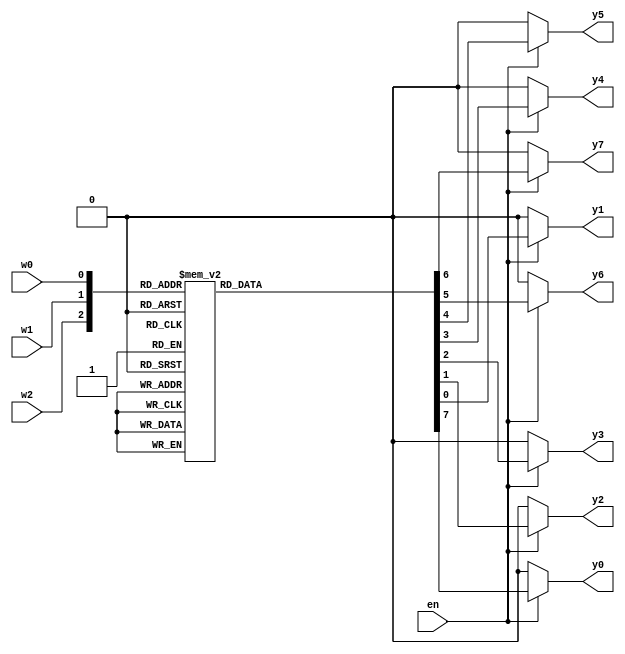
module Decoder3to8 (en,w2,w1,w0,y0,y1,y2,y3,y4,y5,y6,y7);
input en,w2,w1,w0;
output reg y0,y1,y2,y3,y4,y5,y6,y7;
always @ (en,w2,w1,w0)
begin
y0=0;
y1=0;
y2=0;
y3=0;
y4=0;
y5=0;
y6=0;
y7=0;

if (en == 1'b1)
begin
case({w2,w1,w0})
3'b000: y0 = 1;
3'b001: y1 = 1;
3'b010: y2 = 1;
3'b011: y3 = 1;
3'b100: y4 = 1;
3'b101: y5 = 1;
3'b110: y6 = 1;
3'b111: y7 = 1;
endcase
end
end
endmodule